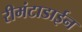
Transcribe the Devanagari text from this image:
रीमंटाडाईन